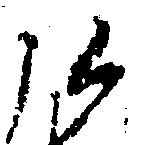
弘